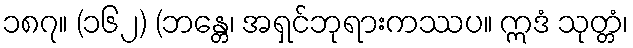
၁၈၇။ (၁၆၂) (ဘန္တေ၊ အရှင်ဘုရားကဿပ။ ဣဒံ သုတ္တံ၊